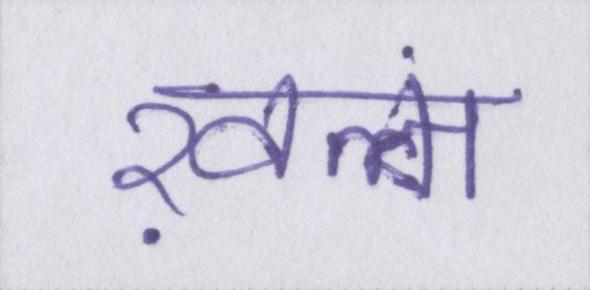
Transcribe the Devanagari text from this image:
ख़त्म